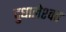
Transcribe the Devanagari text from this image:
दुधालेश्‍वर